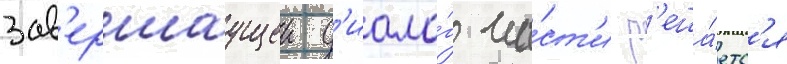
зав'ершаущеи д'иало́г ча́ст'и р'еша́етс'я